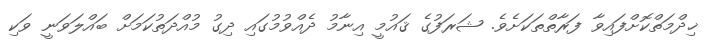
ޚިދްމަތްކޮށްފައިވާ ފަރާތްތަކަށެވެ. ޝަރަފުގެ ޤައުމީ އިނާމު ދެއްވުމުގައި ދިގު މުއްދަތުކަމަށް ބައްލަވަނީ ވަކި